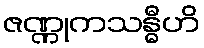
ဇဏ္ဏုကသန္ဓီဟိ